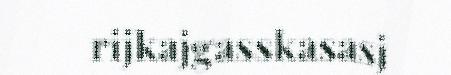
rijkajgasskasasj